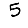
Digit: 5